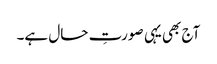
آج بھی یہی صورتِ حال ہے۔